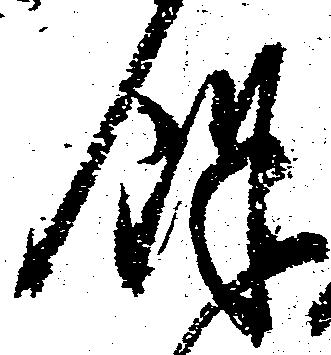
余